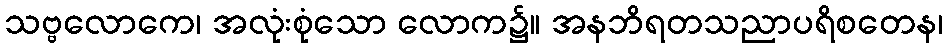
သဗ္ဗလောကေ၊ အလုံးစုံသော လောက၌။ အနဘိရတသညာပရိစတေန၊